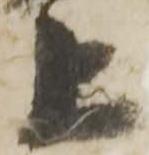
上